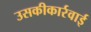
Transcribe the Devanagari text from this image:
उसकीकार्रवाई